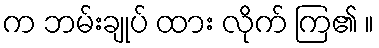
က ဘမ်းချုပ် ထား လိုက် ကြ၏ ။